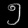
Digit: ၅